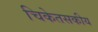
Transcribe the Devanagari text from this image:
चिकेतसकीय